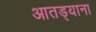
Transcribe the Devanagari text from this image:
आतड्याना